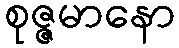
စုဇ္ဇမာနော